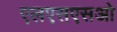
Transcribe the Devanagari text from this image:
एलएसएसओ